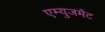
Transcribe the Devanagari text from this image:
एम्युजमेंट